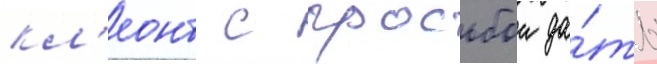
кл'еонт с просьбои да́ть